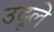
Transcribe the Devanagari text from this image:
उदूले